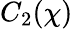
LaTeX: C_{2}(\chi)